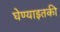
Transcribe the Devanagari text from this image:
घेण्याइतकी